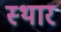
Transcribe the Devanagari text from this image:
स्थार